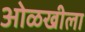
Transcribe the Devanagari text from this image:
ओळखीला